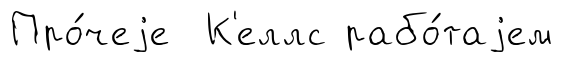
Про́чеjе К'еллс рабо́таjем